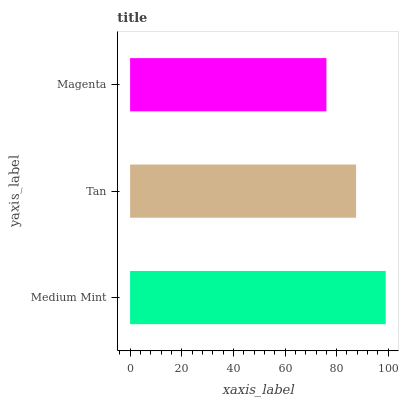
| yaxis_label | bars |
 | --- | --- |
 | Medium Mint | 99 |
 | Tan | 87.5 |
 | Magenta | 76 |